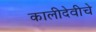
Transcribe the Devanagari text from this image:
कालीदेवीचे